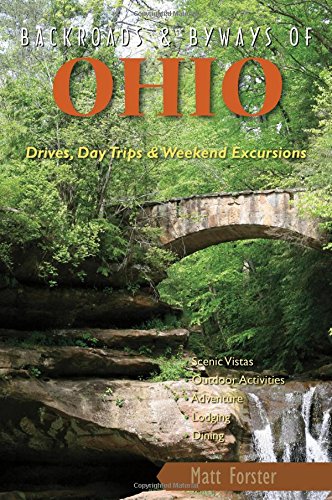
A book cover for Backroads & Byways of Ohio: Drives, Day Trips & Weekend Excursions (Backroads & Byways); Matt Forster; Travel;